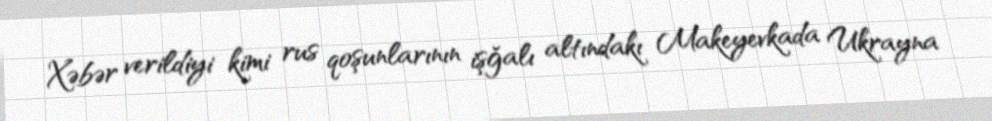
Xəbər verildiyi kimi rus qoşunlarının işğalı altındakı Makeyevkada Ukrayna